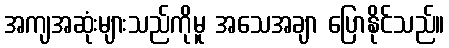
အကျအဆုံးများသည်ကိုမူ အသေအချာ ပြောနိုင်သည်။